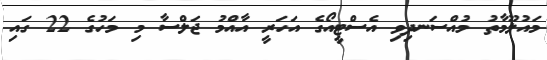
މައުލޫމާތު މުއްސަނދިވި އެސްޓީއޯގެ އަހަރީ އާއްމު ޖަލްސާ މި މަހުގެ 22 ގައި